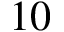
1 0